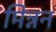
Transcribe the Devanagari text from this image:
मिन्नन